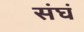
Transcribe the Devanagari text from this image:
संघं